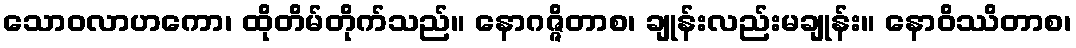
သောဝလာဟကော၊ ထိုတိမ်တိုက်သည်။ နောဂဇ္ဇိတာစ၊ ချုန်းလည်းမချုန်း။ နောဝိဿိတာစ၊